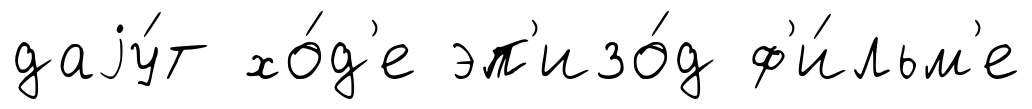
даjу́т хо́д'е эп'изо́д ф'и́льм'е